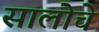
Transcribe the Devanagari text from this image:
सालोचे